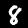
Digit: 8